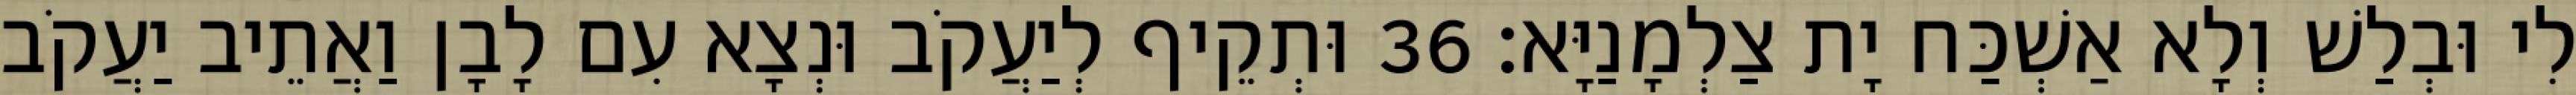
לִי וּבְלַשׁ וְלָא אַשְׁכַּח יָת צַלְמָנַיָּא׃ 36 וּתְקֵיף לְיַעֲקֹב וּנְצָא עִם לָבָן וַאֲתֵיב יַעֲקֹב